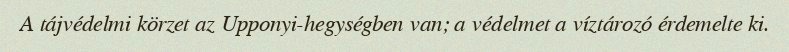
A tájvédelmi körzet az Upponyi-hegységben van; a védelmet a víztározó érdemelte ki.